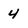
Character: 4